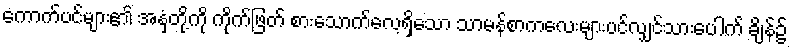
ကောက်ပင်များ၏ အနှံတို့ကို ကိုက်ဖြတ် စားသောက်လေ့ရှိသော သာမန်စာကလေးများပင်လျှင်သားပေါက် ချိန်၌